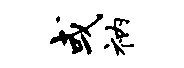
或衲